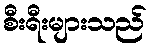
စီးရီးများသည်